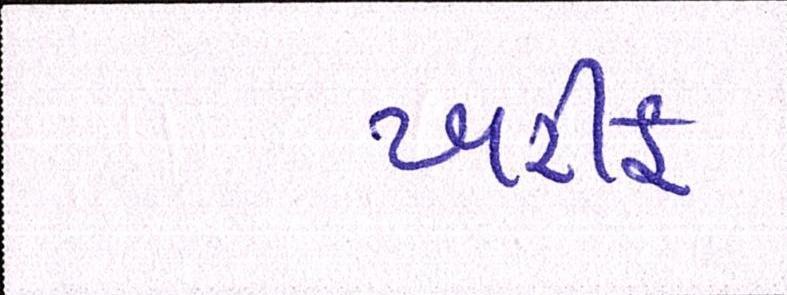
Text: ખરીફ